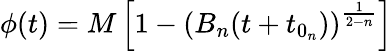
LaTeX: \phi(t)=M\left[1-\left(B_{n}(t+t_{0_{n}})\right)^{\frac{1}{2-n}}\right]